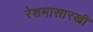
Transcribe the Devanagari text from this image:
रेशमासारखी